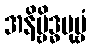
အနိဗ္ဗိဒ္ဓပုဗ္ဗံ